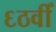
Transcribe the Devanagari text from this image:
६ठवीँ